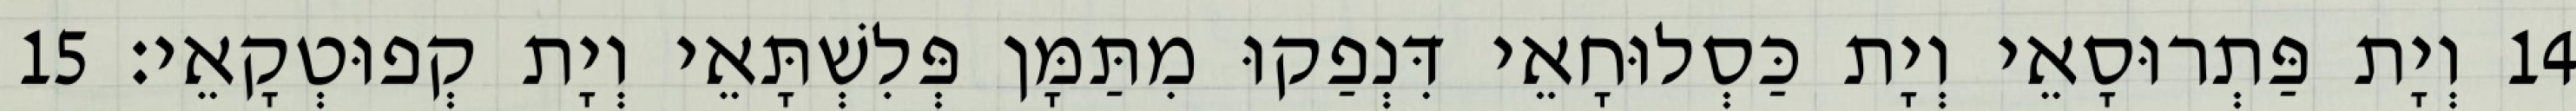
14 וְיָת פַּתְרוּסָאֵי וְיָת כַּסְלוּחָאֵי דִּנְפַקוּ מִתַּמָּן פְּלִשְׁתָּאֵי וְיָת קְפוּטְקָאֵי׃ 15